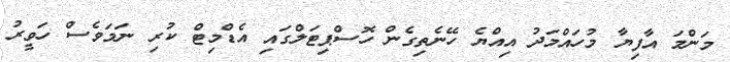
މަންމަ އާފިޔާ މުހައްމަދު އިއްޔެ ހޭނެތިގެން ހޮސްޕިޓަލްގައި އެޑްމިޓް ކުރި ނަމަވެސް ހަވީރު